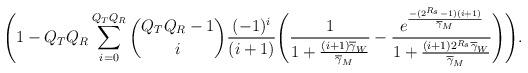
\begin{align*}\Bigg(1- Q_{T}Q_{R} \sum_{i=0}^{Q_{T}Q_{R}} \binom{Q_{T}Q_{R}-1}{i} \frac{(-1)^i}{(i+1)} \Bigg( \frac{1}{1+\frac{(i+1)\overline{\gamma}_{W}}{\overline{\gamma}_{M}}} - \frac{e^{\frac{-(2^{R_{s}}-1)(i+1)}{\overline{\gamma}_{M}}}}{1+\frac{(i+1) 2^{R_{s}}\overline{\gamma}_{W}}{\overline{\gamma}_{M}}}\Bigg)\Bigg).\end{align*}